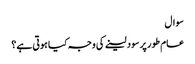
سوال
عام طور پر سود لینے کی وجہ کیا ہوتی ہے؟